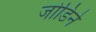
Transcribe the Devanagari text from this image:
जोडिने